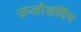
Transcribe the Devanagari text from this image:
उप्लोअदिंग